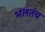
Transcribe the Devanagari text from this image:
भलतंच